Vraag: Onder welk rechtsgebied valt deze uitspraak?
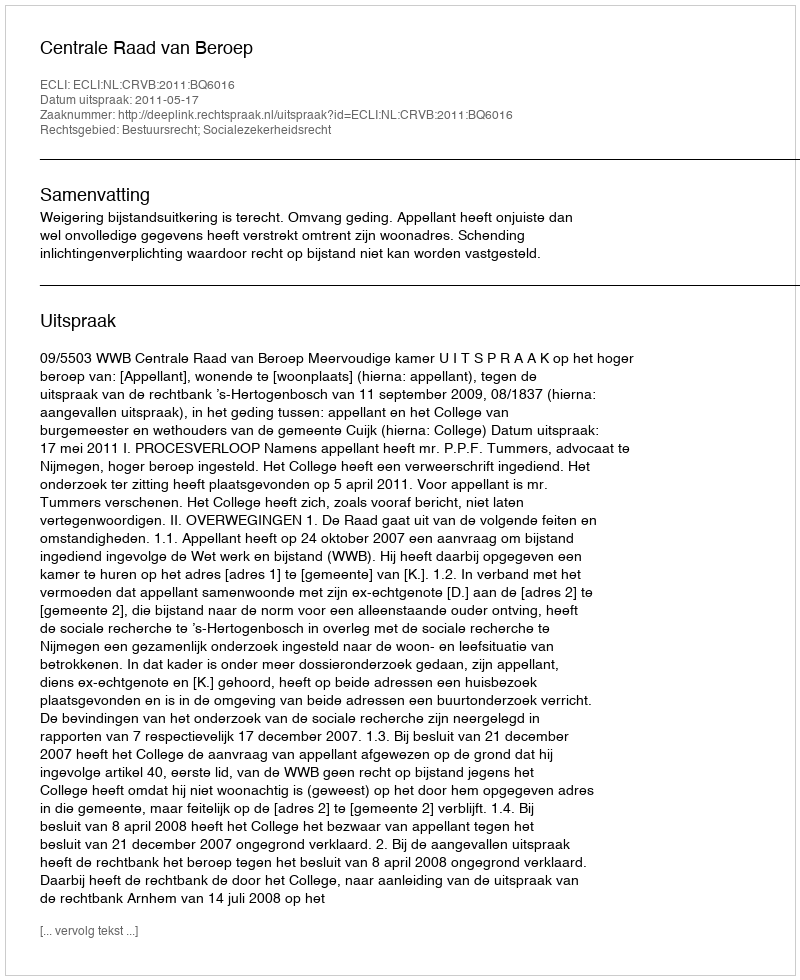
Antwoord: Bestuursrecht; Socialezekerheidsrecht